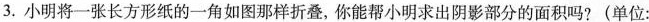
3.小明将一张长方形纸的一角如图那样折叠，你能帮小明求出阴影部分的面积吗?(单位：